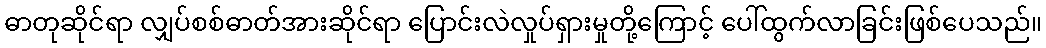
ဓာတုဆိုင်ရာ လျှပ်စစ်ဓာတ်အားဆိုင်ရာ ပြောင်းလဲလှုပ်ရှားမှုတို့ကြောင့် ပေါ်ထွက်လာခြင်းဖြစ်ပေသည်။